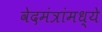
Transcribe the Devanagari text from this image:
वेदमंत्रांमध्ये